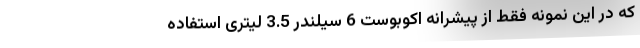
که در این نمونه فقط از پیشرانه اکوبوست 6 سیلندر 3.5 لیتری استفاده